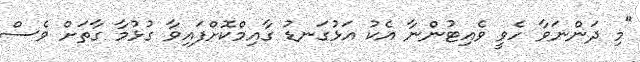
"މި ދަންނަވާ ހެވީ ވެއިޓުންނާ އެކު އަޅުގަނޑު ގާއިމްކޮށްފައިވާ ގުޅުމާ ގާތަށް ވެސް